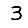
Digit: 3